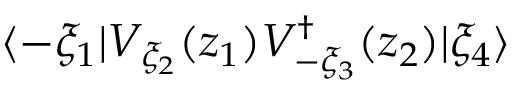
\langle - \xi _ { 1 } | V _ { \xi _ { 2 } } ( z _ { 1 } ) V _ { - \xi _ { 3 } } ^ { \dagger } ( z _ { 2 } ) | \xi _ { 4 } \rangle